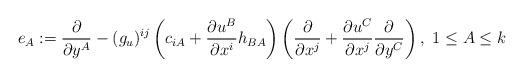
LaTeX: \begin{align*}e_A:= \frac{\partial}{\partial y^A}-(g_u)^{ij}\left( c_{iA}+\frac{\partial u^B}{\partial x^i}h_{BA} \right)\left( \frac{\partial}{\partial x^j}+\frac{\partial u^C}{\partial x^j}\frac{\partial}{\partial y^C} \right),\ 1\leq A\leq k\end{align*}